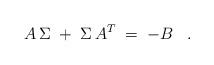
LaTeX: \begin{align*}A\, \Sigma \;+\; \Sigma \, A^T \;=\; -B \;\;\;.\end{align*}